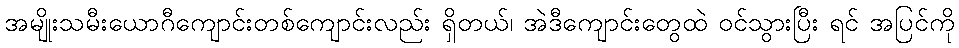
အမျိုးသမီးယောဂီကျောင်းတစ်ကျောင်းလည်း ရှိတယ်၊ အဲဒီကျောင်းတွေထဲ ဝင်သွားပြီး ရင် အပြင်ကို